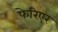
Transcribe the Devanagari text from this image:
फेरिएर